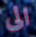
الى